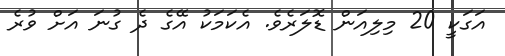
އަގަކީ 20 މިލިއަން ޑޮލަރެވެ. އެކަމަކު އޭގެ ދެ ގުނަ އަށް ވުރެ